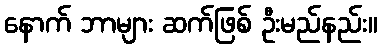
နောက် ဘာများ ဆက်ဖြစ် ဦးမည်နည်း။